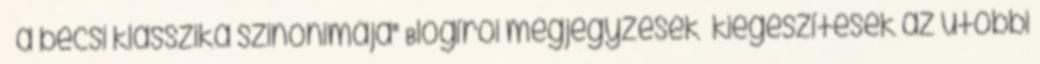
– a bécsi klasszika szinonimája" Blogírói megjegyzések kiegészítések az utóbbi